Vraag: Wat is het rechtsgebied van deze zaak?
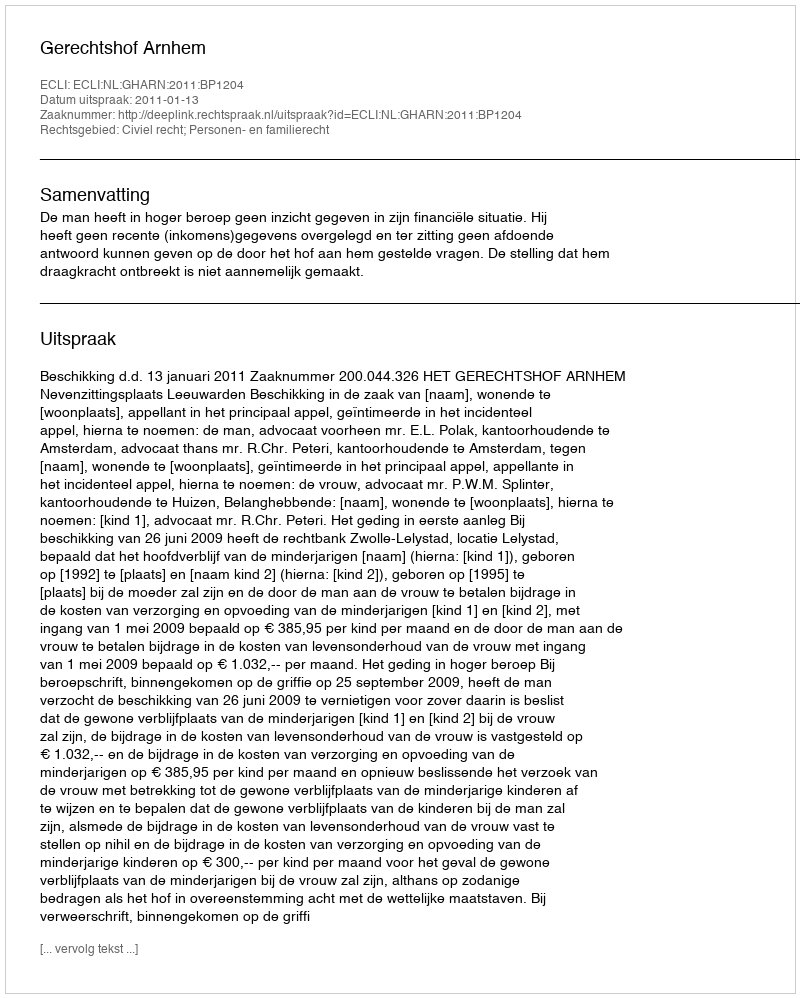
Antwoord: Civiel recht; Personen- en familierecht